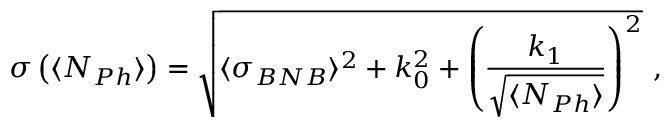
\sigma \left( \langle N _ { P h } \rangle \right) = \sqrt { \langle \sigma _ { B N B } \rangle ^ { 2 } + k _ { 0 } ^ { 2 } + \left( \frac { k _ { 1 } } { \sqrt { \langle N _ { P h } \rangle } } \right) ^ { 2 } } \mathrm { ~ , ~ }